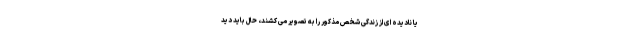
یا نادیده ای از زندگی شخص مذکور را به تصویر می کشند، حال باید دید